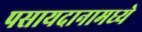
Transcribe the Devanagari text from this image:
पसायदानामध्ये